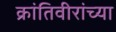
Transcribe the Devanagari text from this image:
क्रांतिवीरांच्या